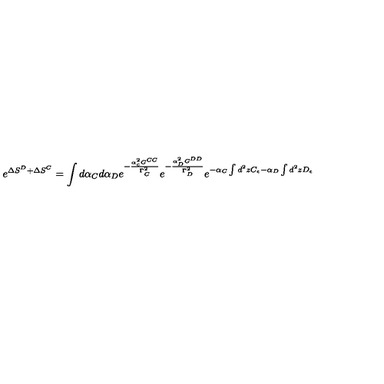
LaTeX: e ^ { \Delta S ^ { D } + \Delta S ^ { C } } = \int d \alpha _ { C } d \alpha _ { D } e ^ { - \frac { \alpha _ { c } ^ { 2 } G ^ { C C } } { \Gamma _ { C } ^ { 2 } } } e ^ { - \frac { \alpha _ { D } ^ { 2 } G ^ { D D } } { \Gamma _ { D } ^ { 2 } } } e ^ { - \alpha _ { C } \int d ^ { 2 } z C _ { \epsilon } - \alpha _ { D } \int d ^ { 2 } z D _ { \epsilon } }